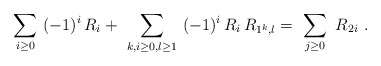
\begin{align*}\sum_{i\geq 0} \ (-1)^i \, R_{i}+\ \sum_{k,i\geq 0,l\geq 1} \ (-1)^i \, R_i \, R_{1^k,l}=\ \sum_{j\geq 0} \ R_{2i} \ .\end{align*}